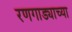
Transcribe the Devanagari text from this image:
रणगाड्याच्या